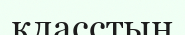
класстың